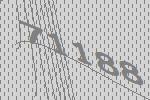
71188